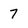
Character: 7